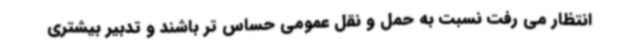
انتظار می رفت نسبت به حمل و نقل عمومی حساس تر باشند و تدبیر بیشتری